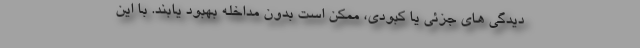
دیدگی های جزئی یا کبودی، ممکن است بدون مداخله بهبود یابند. با این